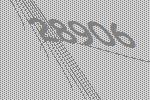
28906